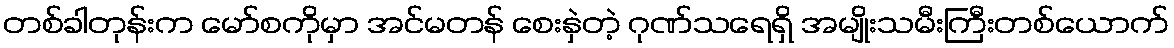
တစ်ခါတုန်းက မော်စကိုမှာ အင်မတန် စေးနှဲတဲ့ ဂုဏ်သရေရှိ အမျိုးသမီးကြီးတစ်ယောက်